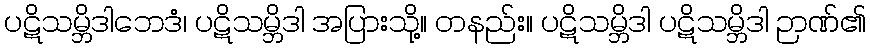
ပဋိသမ္ဘိဒါဘေဒံ၊ ပဋိသမ္ဘိဒါ အပြားသို့။ တနည်း။ ပဋိသမ္ဘိဒါ ပဋိသမ္ဘိဒါ ဉာဏ်၏